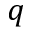
q